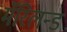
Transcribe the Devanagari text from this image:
मॅरिलन्ड